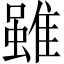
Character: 雖